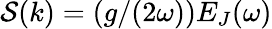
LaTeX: \mathcal{S}(k)=(g/(2\omega))E_{J}(\omega)